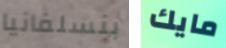
بنسلفانيا مايك